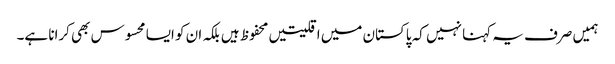
ہمیں صرف یہ کہنا نہیں کہ پاکستان میں اقلیتیں محفوظ ہیں بلکہ ان کو ایسا محسوس بھی کرانا ہے۔